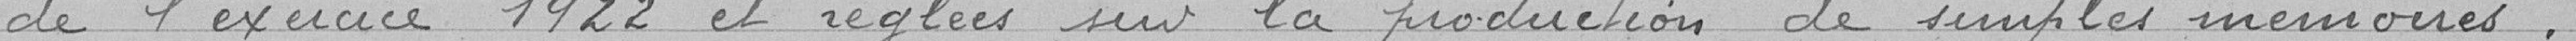
de l'exercice 1922 et réglées sur la production de simples mémoires